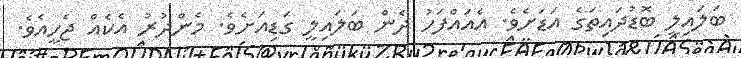
ބަލައިލީ ބޮޑުދައިތަގެ އަޑަށެވެ. އެއައްފަހު ދެން ބަލައިލީ ގަޑިއަށެވެ. މެންދުރު އެކެއް ޖެހީއެވެ.